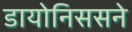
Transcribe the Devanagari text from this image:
डायोनिससने